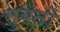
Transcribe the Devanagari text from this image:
सुबंतों